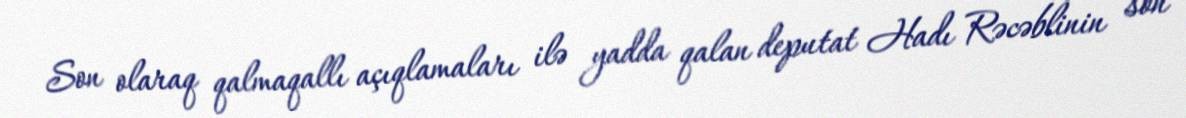
Son olaraq qalmaqallı açıqlamaları ilə yadda qalan deputat Hadı Rəcəblinin son